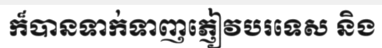
ក៏បានទាក់ទាញភ្ញៀវបរទេស និង